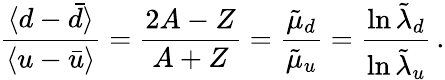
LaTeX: \frac{\langle d-\bar{d}\rangle}{\langle u-\bar{u}\rangle}=\frac{2A-Z}{A+Z}=\frac{\tilde{\mu}_{d}}{\tilde{\mu}_{u}}=\frac{\ln\tilde{\lambda}_{d}}{\ln\tilde{\lambda}_{u}}\, .